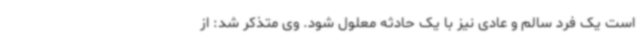
است یک فرد سالم و عادی نیز با یک حادثه معلول شود. وی متذکر شد: از